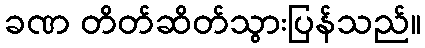
ခဏ တိတ်ဆိတ်သွားပြန်သည်။